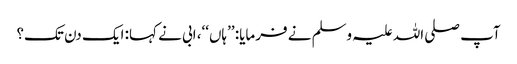
آپ صلی اللہ علیہ وسلم نے فرمایا: ’’ہاں‘‘، ابی نے کہا: ایک دن تک؟